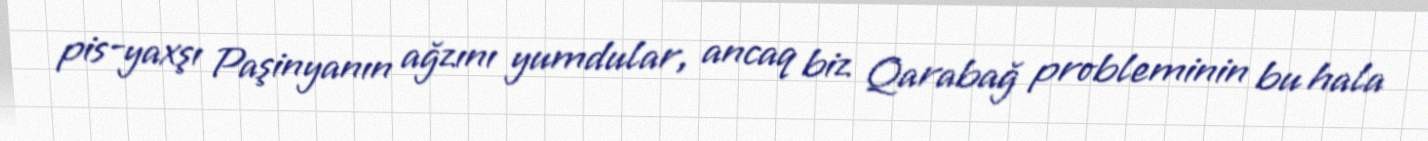
pis-yaxşı Paşinyanın ağzını yumdular, ancaq biz Qarabağ probleminin bu hala